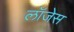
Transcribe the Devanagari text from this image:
लॉजेस